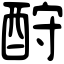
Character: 酧